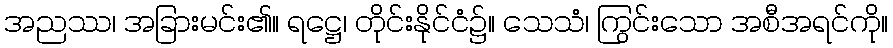
အညဿ၊ အခြားမင်း၏။ ရဋ္ဌေ၊ တိုင်းနိုင်ငံ၌။ သေသံ၊ ကြွင်းသော အစီအရင်ကို။